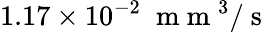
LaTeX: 1.17\times 10^{-2}\; \mathrm{~m~m~}^{3}/\mathrm{~s~}